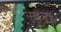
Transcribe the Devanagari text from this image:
लवरक्राफ़्ट